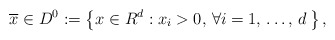
\begin{align*}\overline{x} \in D^{0}:=\left\{ x\in R^{d}:x_{i}>0,\thinspace \forall i=1,\thinspace \mathellipsis ,\thinspace d\thinspace \right\},\end{align*}